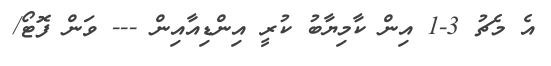
އެ މެޗު 3-1 އިން ކާމިޔާބު ކުރީ އިންޑިއާއިން --- ވަން ފޮޓޯ/